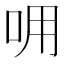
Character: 𠰩